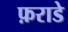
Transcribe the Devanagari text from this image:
फ़राडे